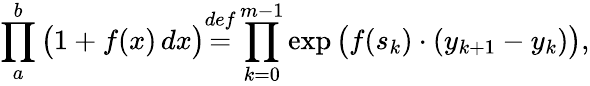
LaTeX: \prod_{a}^{b}{\big(}1+f(x)\, dx{\big)}{\overset{def}{=}}\prod_{k=0}^{m-1}\exp{\big(}f(s_{k})\cdot(y_{k+1}-y_{k}){\big)},